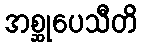
အစ္ဆုပေသီတိ